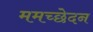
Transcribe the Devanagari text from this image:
ममच्छेदन